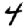
Digit: 4